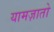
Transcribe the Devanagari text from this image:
यामज़ातो